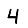
Digit: 4